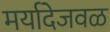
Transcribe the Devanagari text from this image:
मर्यादेजवळ